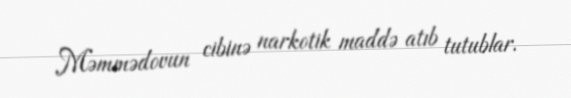
Məmmədovun cibinə narkotik maddə atıb tutublar.